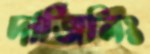
দার্জিলিং